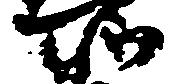
所